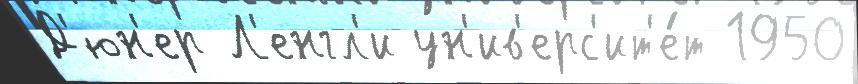
Д'юн'ер Л'енгл'и ун'ив'ерс'ит'е́т 1950